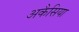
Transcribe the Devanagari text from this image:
अकैसिया